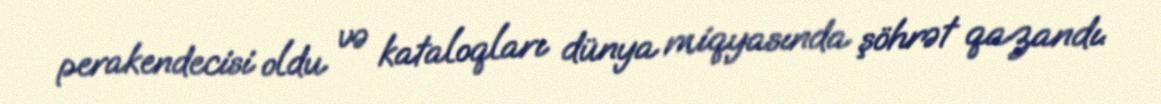
perakendecisi oldu və kataloqları dünya miqyasında şöhrət qazandı.